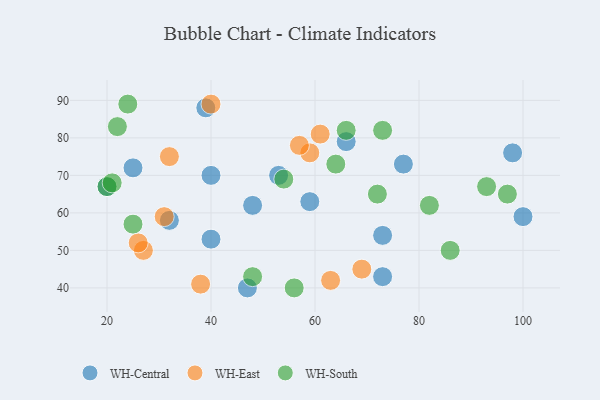
{"axis": {"x": "GDP", "y": "Life Expectancy"}, "legend": ["WH-Central", "WH-East", "WH-South"], "data": [{"x": "40", "y": 70, "type": "WH-Central"}, {"x": "32", "y": 58, "type": "WH-Central"}, {"x": "73", "y": 54, "type": "WH-Central"}, {"x": "20", "y": 67, "type": "WH-Central"}, {"x": "47", "y": 40, "type": "WH-Central"}, {"x": "53", "y": 70, "type": "WH-Central"}, {"x": "48", "y": 62, "type": "WH-Central"}, {"x": "40", "y": 53, "type": "WH-Central"}, {"x": "73", "y": 43, "type": "WH-Central"}, {"x": "98", "y": 76, "type": "WH-Central"}, {"x": "59", "y": 63, "type": "WH-Central"}, {"x": "25", "y": 72, "type": "WH-Central"}, {"x": "100", "y": 59, "type": "WH-Central"}, {"x": "66", "y": 79, "type": "WH-Central"}, {"x": "39", "y": 88, "type": "WH-Central"}, {"x": "77", "y": 73, "type": "WH-Central"}, {"x": "40", "y": 89, "type": "WH-East"}, {"x": "61", "y": 81, "type": "WH-East"}, {"x": "59", "y": 76, "type": "WH-East"}, {"x": "27", "y": 50, "type": "WH-East"}, {"x": "26", "y": 52, "type": "WH-East"}, {"x": "57", "y": 78, "type": "WH-East"}, {"x": "38", "y": 41, "type": "WH-East"}, {"x": "63", "y": 42, "type": "WH-East"}, {"x": "69", "y": 45, "type": "WH-East"}, {"x": "31", "y": 59, "type": "WH-East"}, {"x": "32", "y": 75, "type": "WH-East"}, {"x": "93", "y": 67, "type": "WH-South"}, {"x": "56", "y": 40, "type": "WH-South"}, {"x": "20", "y": 67, "type": "WH-South"}, {"x": "25", "y": 57, "type": "WH-South"}, {"x": "86", "y": 50, "type": "WH-South"}, {"x": "54", "y": 69, "type": "WH-South"}, {"x": "72", "y": 65, "type": "WH-South"}, {"x": "21", "y": 68, "type": "WH-South"}, {"x": "22", "y": 83, "type": "WH-South"}, {"x": "66", "y": 82, "type": "WH-South"}, {"x": "73", "y": 82, "type": "WH-South"}, {"x": "97", "y": 65, "type": "WH-South"}, {"x": "24", "y": 89, "type": "WH-South"}, {"x": "48", "y": 43, "type": "WH-South"}, {"x": "64", "y": 73, "type": "WH-South"}, {"x": "82", "y": 62, "type": "WH-South"}]}